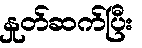
နှုတ်ဆက်ပြီး